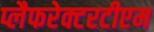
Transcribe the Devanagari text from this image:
प्लैफरेक्टरटीएम